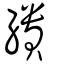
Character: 繢